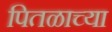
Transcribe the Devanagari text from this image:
पितळाच्या